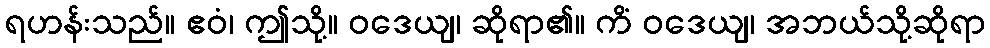
ရဟန်းသည်။ ဧဝံ၊ ဤသို့။ ဝဒေယျ၊ ဆိုရာ၏။ ကိံ ဝဒေယျ၊ အဘယ်သို့ဆိုရာ